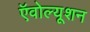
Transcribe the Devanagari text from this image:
ऍवोल्यूशन